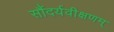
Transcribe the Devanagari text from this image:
सौंदर्यवीक्षणम्